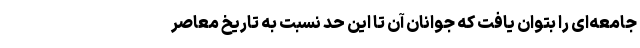
جامعه‌ای را بتوان یافت که جوانان آن تا این حد نسبت به تاریخ معاصر